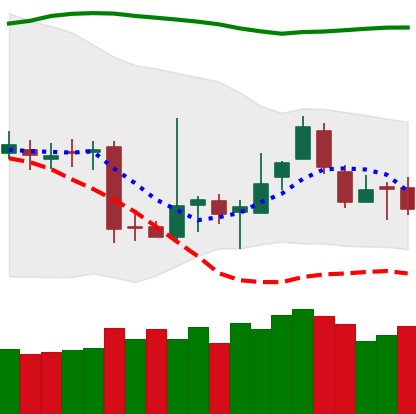
Ticker: BTC-USD
Chart end date: 2018-11-12
Forward return: -12.822%
Label: down_7plus